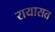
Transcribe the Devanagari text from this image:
रायासत